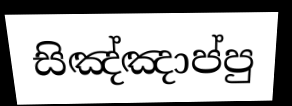
සිඤ්ඤාප්පු